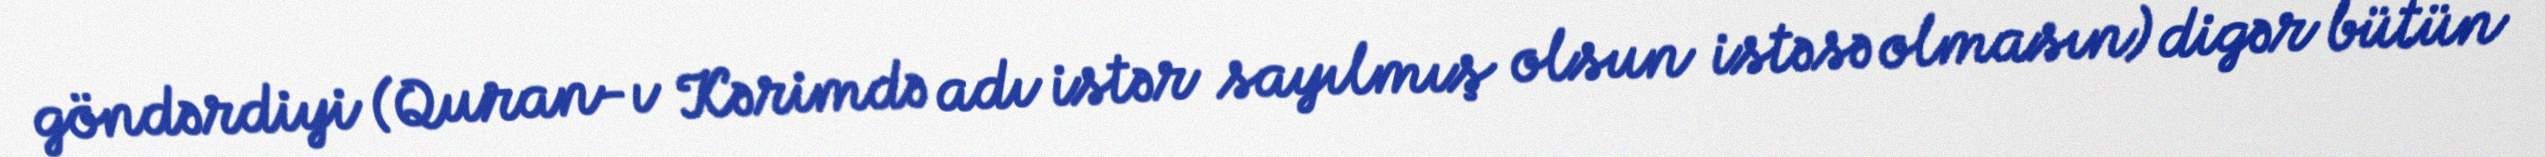
göndərdiyi (Quran-ı Kərimdə adı istər sayılmış olsun istəsə olmasın) digər bütün